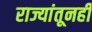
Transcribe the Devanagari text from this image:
राज्यांतूनही